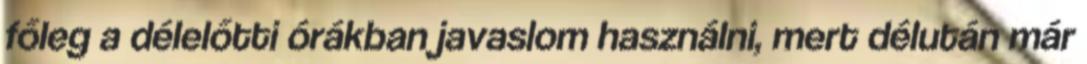
főleg a délelőtti órákban javaslom használni, mert délután már